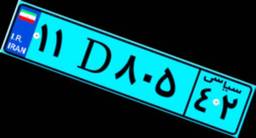
۱۸D۹۶۳۶۴